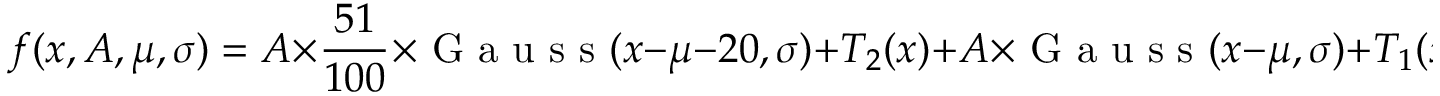
f ( x , A , \mu , \sigma ) = A \times \frac { 5 1 } { 1 0 0 } \times \mathrm { ~ G ~ a ~ u ~ s ~ s ~ } ( x - \mu - 2 0 , \sigma ) + T _ { 2 } ( x ) + A \times \mathrm { ~ G ~ a ~ u ~ s ~ s ~ } ( x - \mu , \sigma ) + T _ { 1 } ( x ) + m \times x + C